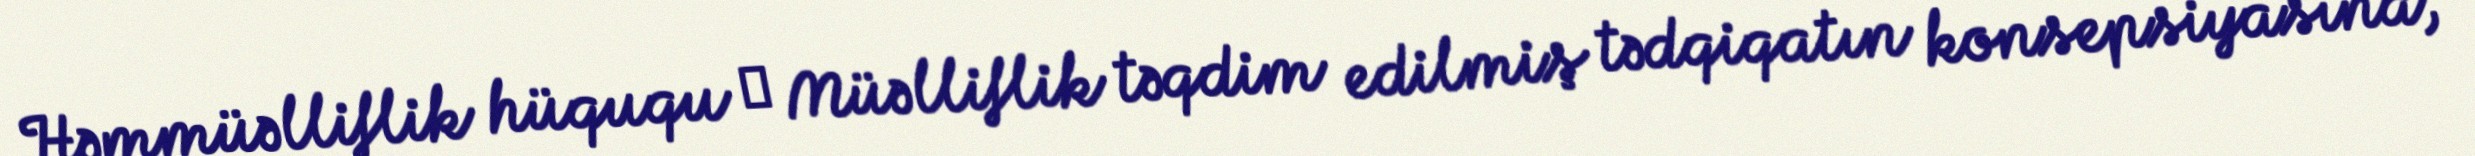
Həmmüəlliflik hüququ ─ Müəlliflik təqdim edilmiş tədqiqatın konsepsiyasına,